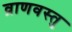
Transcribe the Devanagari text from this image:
व्राणवस्तु